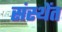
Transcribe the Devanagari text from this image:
संस्थेंत